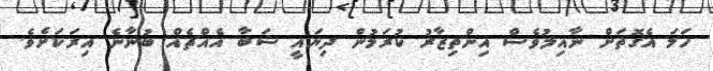
ހަމަ އެގޮތަށް ނާއިލުވެސް އިންތިޒާރު ކުރަމުން ދިޔައީ ޝަބާ އެއްޗެއް ބުނާނެ އިރަކަށެވެ.